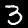
Label: 3